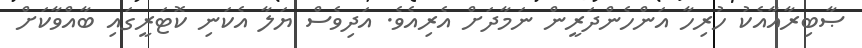
ޞާބިރާއާއެކު ހުރިހާ އަންހެންދަރީން ނަމާދަށް އެރިއެވެ. އަދިވެސް ޔަލާ އެކަނި ކޮޓަރީގައި ބާއްވާކަށް